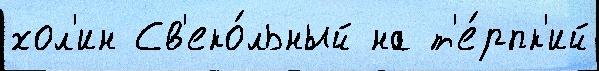
хол'ин Св'еко́льный на т'е́рпк'ий